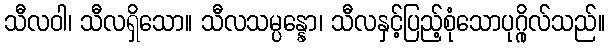
သီလဝါ၊ သီလရှိသော။ သီလသမ္ပန္နော၊ သီလနှင့်ပြည့်စုံသောပုဂ္ဂိုလ်သည်။